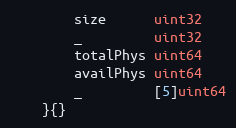
Language: Go
		size      uint32
		_         uint32
		totalPhys uint64
		availPhys uint64
		_         [5]uint64
	}{}